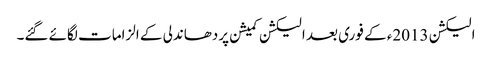
الیکشن 2013ء کے فوری بعد الیکشن کمیشن پردھاندلی کے الزامات لگائے گئے۔